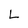
Character: L